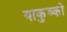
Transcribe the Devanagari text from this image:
याकुब्को